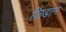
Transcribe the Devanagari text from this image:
ज़िडान